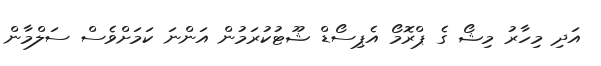
އަދި މިހާރު މިޝޯ ގެ ޕްރޮމޯ އެޕިސޯޑް ޝޫޓުކުރަމުން އަންނަ ކަމަށްވެސް ސަލްމާން